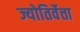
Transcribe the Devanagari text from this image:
ज्योतिर्वेत्ता